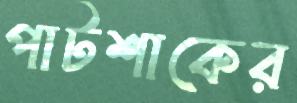
পাটশাকের